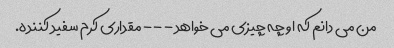
من می دانم که او چه چیزی می خواهد - - - مقداری کرم سفید کننده.